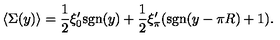
\langle \Sigma ( y ) \rangle = { \frac { 1 } { 2 } } \xi _ { 0 } ^ { \prime } \mathrm { s g n } ( y ) + { \frac { 1 } { 2 } } \xi _ { \pi } ^ { \prime } ( \mathrm { s g n } ( y - \pi R ) + 1 ) .